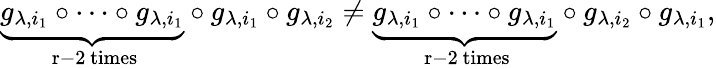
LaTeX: \underbrace{g_{\lambda,i_{1}}\circ\cdots\circ g_{\lambda,i_{1}}}_{\mathrm{~r-2~times}}\circ g_{\lambda,i_{1}}\circ g_{\lambda,i_{2}}\neq\underbrace{g_{\lambda,i_{1}}\circ\cdots\circ g_{\lambda,i_{1}}}_{\mathrm{~r-2~times}}\circ g_{\lambda,i_{2}}\circ g_{\lambda,i_{1}},